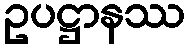
ဥပဋ္ဌာနဿ